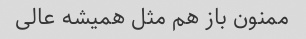
ممنون باز هم مثل همیشه عالی